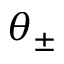
\theta _ { \pm }